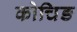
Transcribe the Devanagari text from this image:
कोचिङ